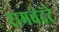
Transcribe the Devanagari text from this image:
रामचंद्रंटे